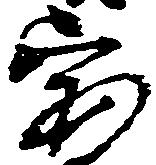
宝